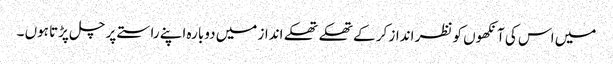
میں اس کی آنکھوں کو نظر انداز کر کے تھکے تھکے انداز میں دوبارہ اپنے راستے پر چل پڑتا ہوں ۔